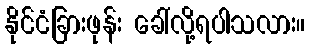
နိုင်ငံခြားဖုန်း ခေါ်လို့ရပါသလား။